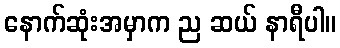
နောက်ဆုံးအမှာက ည ဆယ် နာရီပါ။